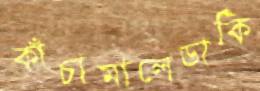
কাঁচামালেডাকি